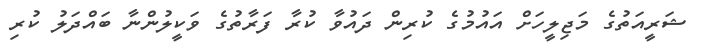
ޝަރީއަތުގެ މަޖިލީހަށް އައުމުގެ ކުރިން ދައުވާ ކުރާ ފަރާތުގެ ވަކީލުންނާ ބައްދަލު ކުރި